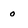
Character: 0